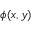
{ \phi } ( x , y )